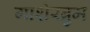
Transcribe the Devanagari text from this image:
गाशेरब्रुम